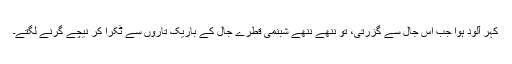
کُہر آلود ہوا جب اِس جال سے گزرتی، تو ننھے ننھے شبنمی قطرے جال کے باریک تاروں سے ٹکرا کر نیچے گرنے لگتے۔